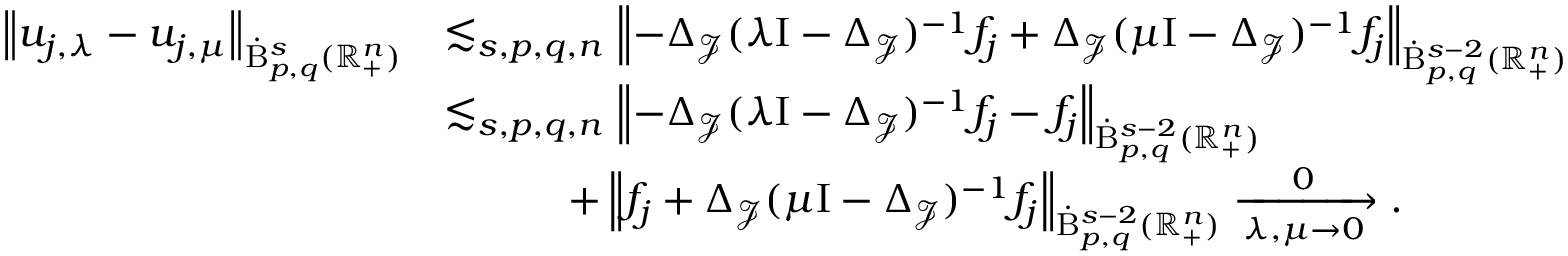
\begin{array} { r l } { \left\lVert u _ { j , \lambda } - u _ { j , \mu } \right\rVert _ { \dot { \mathrm { B } } _ { p , q } ^ { s } ( \mathbb { R } _ { + } ^ { n } ) } } & { \lesssim _ { s , p , q , n } \left\lVert - \Delta _ { \mathcal { J } } ( \lambda \mathrm { I } - \Delta _ { \mathcal { J } } ) ^ { - 1 } f _ { j } + \Delta _ { \mathcal { J } } ( \mu \mathrm { I } - \Delta _ { \mathcal { J } } ) ^ { - 1 } f _ { j } \right\rVert _ { \dot { \mathrm { B } } _ { p , q } ^ { s - 2 } ( \mathbb { R } _ { + } ^ { n } ) } } \\ & { \lesssim _ { s , p , q , n } \left\lVert - \Delta _ { \mathcal { J } } ( \lambda \mathrm { I } - \Delta _ { \mathcal { J } } ) ^ { - 1 } f _ { j } - f _ { j } \right\rVert _ { \dot { \mathrm { B } } _ { p , q } ^ { s - 2 } ( \mathbb { R } _ { + } ^ { n } ) } } \\ & { \qquad \quad + \left\lVert f _ { j } + \Delta _ { \mathcal { J } } ( \mu \mathrm { I } - \Delta _ { \mathcal { J } } ) ^ { - 1 } f _ { j } \right\rVert _ { \dot { \mathrm { B } } _ { p , q } ^ { s - 2 } ( \mathbb { R } _ { + } ^ { n } ) } \xrightarrow [ \lambda , \mu \rightarrow 0 ] 0 \mathrm { . ~ } } \end{array}